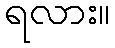
ရလား။